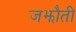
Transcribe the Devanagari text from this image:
जझौती